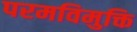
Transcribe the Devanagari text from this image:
परमविमुक्ति